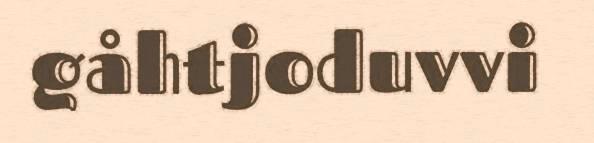
gåhtjoduvvi